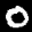
Label: 0